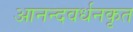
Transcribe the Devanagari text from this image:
आनन्दवर्धनकृत